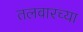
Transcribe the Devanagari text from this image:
तलवारच्या